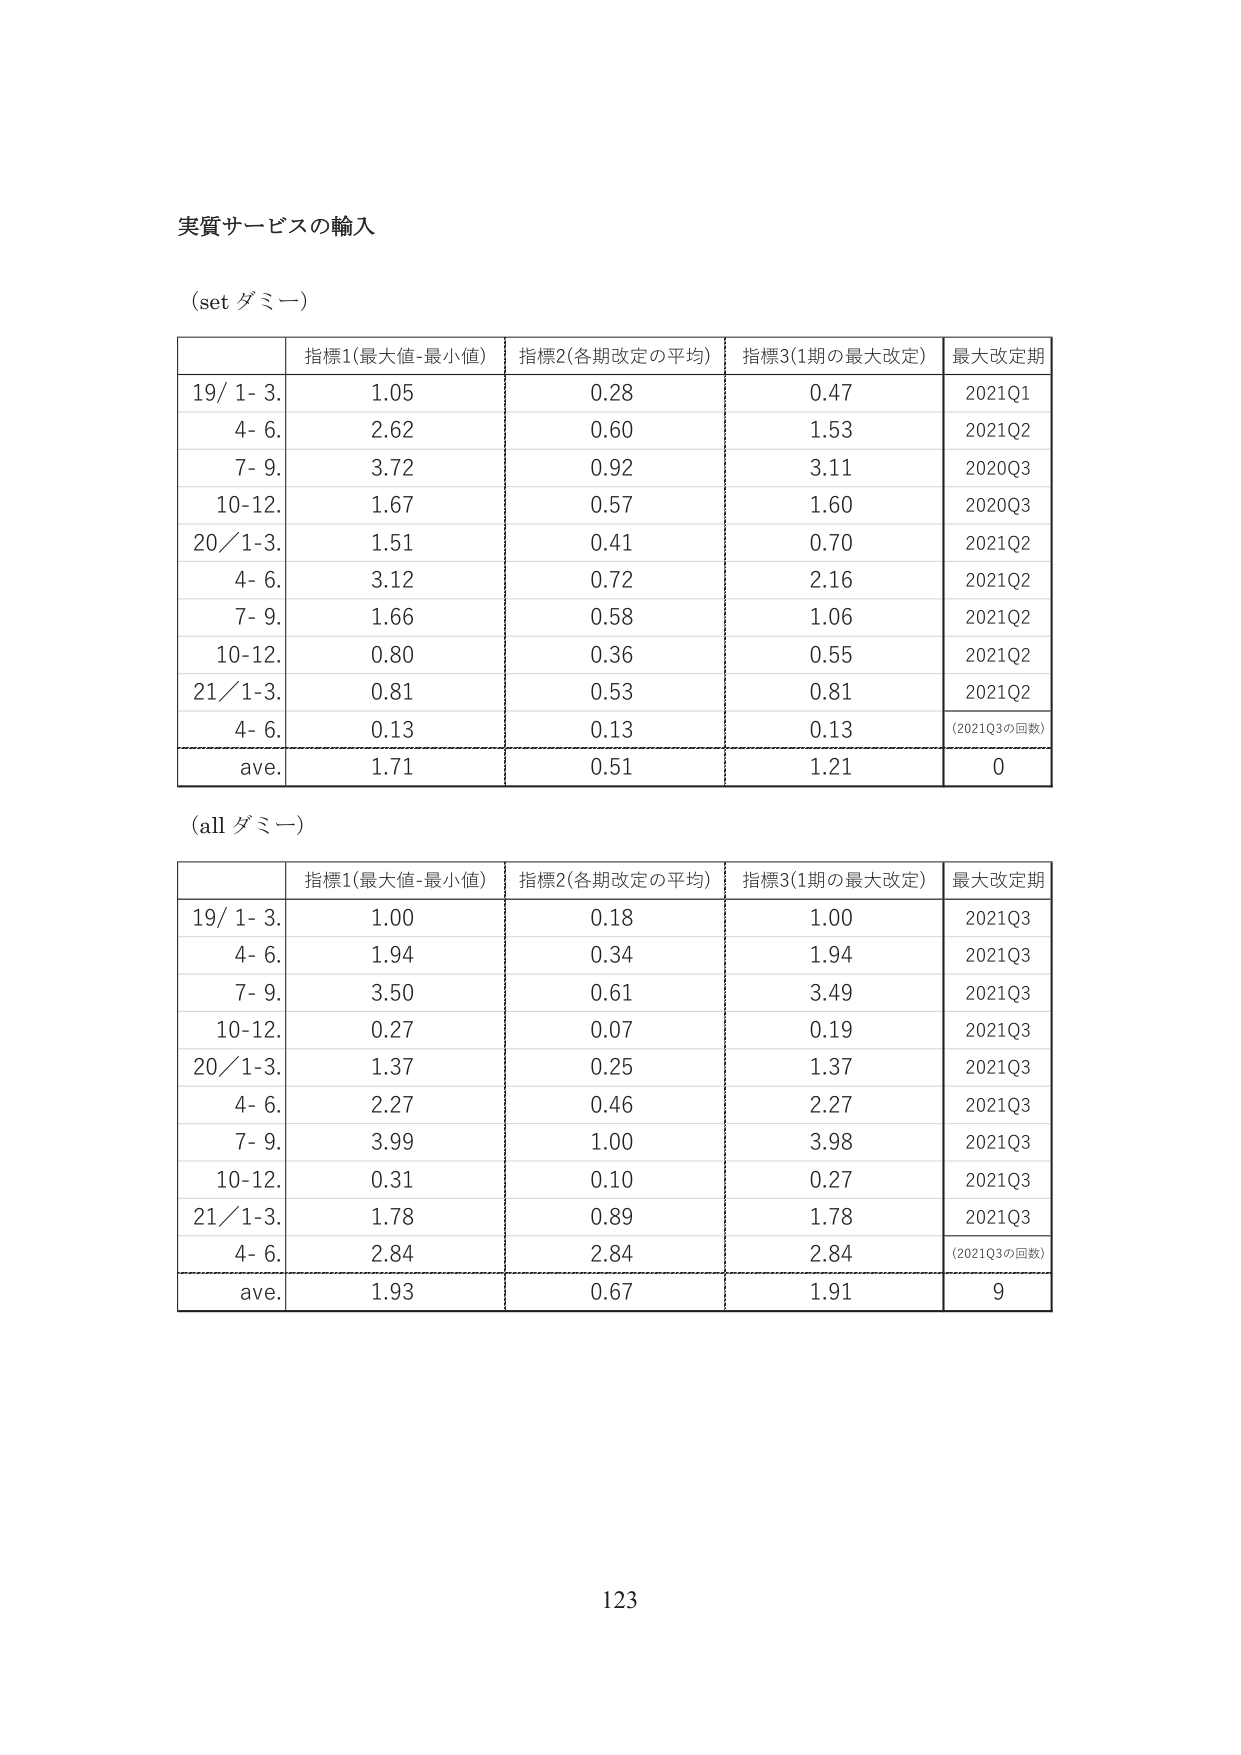
実質サービスの輸入

(set ダミー)

| | 指標1(最大値-最小値) | 指標2(各期改定の平均) | 指標3(1期の最大改定) | 最大改定期 |
|---|---|---|---|---|
| 19/ 1- 3. | 1.05 | 0.28 | 0.47 | 2021Q1 |
| 4- 6. | 2.62 | 0.60 | 1.53 | 2021Q2 |
| 7- 9. | 3.72 | 0.92 | 3.11 | 2020Q3 |
| 10-12. | 1.67 | 0.57 | 1.60 | 2020Q3 |
| 20/ 1-3. | 1.51 | 0.41 | 0.70 | 2021Q2 |
| 4- 6. | 3.12 | 0.72 | 2.16 | 2021Q2 |
| 7- 9. | 1.66 | 0.58 | 1.06 | 2021Q2 |
| 10-12. | 0.80 | 0.36 | 0.55 | 2021Q2 |
| 21/ 1-3. | 0.81 | 0.53 | 0.81 | 2021Q2 |
| 4- 6. | 0.13 | 0.13 | 0.13 | (2021Q3の回数) |
| ave. | 1.71 | 0.51 | 1.21 | 0 |

(all ダミー)

| | 指標1(最大値-最小値) | 指標2(各期改定の平均) | 指標3(1期の最大改定) | 最大改定期 |
|---|---|---|---|---|
| 19/ 1- 3. | 1.00 | 0.18 | 1.00 | 2021Q3 |
| 4- 6. | 1.94 | 0.34 | 1.94 | 2021Q3 |
| 7- 9. | 3.50 | 0.61 | 3.49 | 2021Q3 |
| 10-12. | 0.27 | 0.07 | 0.19 | 2021Q3 |
| 20/ 1-3. | 1.37 | 0.25 | 1.37 | 2021Q3 |
| 4- 6. | 2.27 | 0.46 | 2.27 | 2021Q3 |
| 7- 9. | 3.99 | 1.00 | 3.98 | 2021Q3 |
| 10-12. | 0.31 | 0.10 | 0.27 | 2021Q3 |
| 21/ 1-3. | 1.78 | 0.89 | 1.78 | 2021Q3 |
| 4- 6. | 2.84 | 2.84 | 2.84 | (2021Q3の回数) |
| ave. | 1.93 | 0.67 | 1.91 | 9 |

123